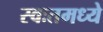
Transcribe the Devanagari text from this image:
स्वःतमध्ये